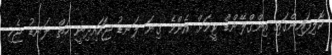
ކޮލިފައިންގައި އިންގްލޭންޑް ޓީމަށް އެންމެ ގިނަ ލަނޑު ޖަހައިދިނީ ހަތް ލަނޑު ޖެހި